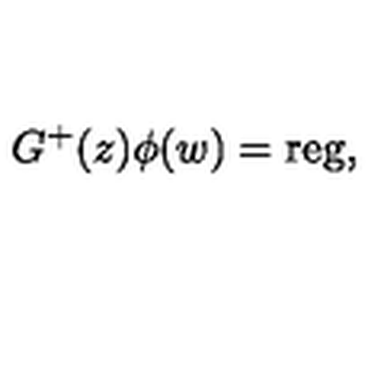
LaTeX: G ^ { + } ( z ) \phi ( w ) = \mathrm { r e g } ,